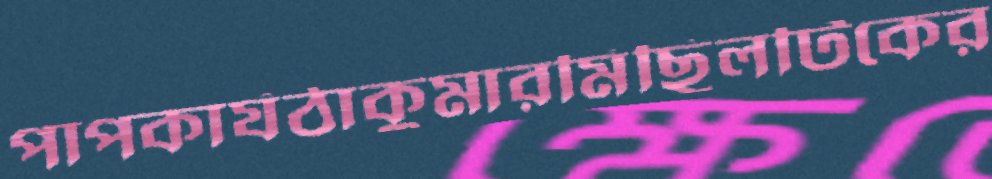
পাপকার্যঠাকুমারমিছিলটিকের